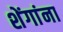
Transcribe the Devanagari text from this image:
शेंगांना